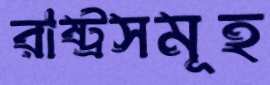
রাষ্ট্রসমূহ